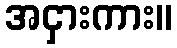
အငှားကား။